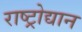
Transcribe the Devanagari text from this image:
राष्ट्रोद्यान